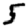
Digit: 5